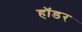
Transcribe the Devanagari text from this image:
हॉडर